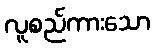
လူစည်ကားသော